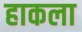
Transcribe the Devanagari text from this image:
हाकला